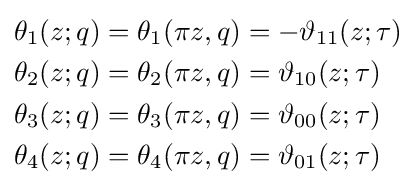
{\begin{aligned}\theta _{1}(z;q)&=\theta _{1}(\pi z,q)=-\vartheta _{11}(z;\tau )\\\theta _{2}(z;q)&=\theta _{2}(\pi z,q)=\vartheta _{10}(z;\tau )\\\theta _{3}(z;q)&=\theta _{3}(\pi z,q)=\vartheta _{00}(z;\tau )\\\theta _{4}(z;q)&=\theta _{4}(\pi z,q)=\vartheta _{01}(z;\tau )\end{aligned}}